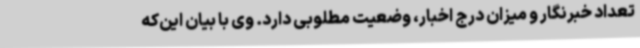
تعداد خبرنگار و میزان درج اخبار، وضعیت مطلوبی دارد. وی با بیان این‌که